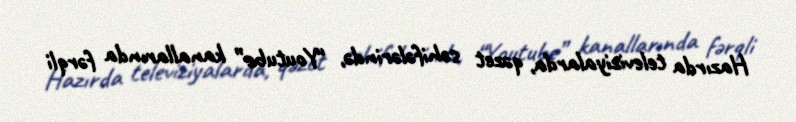
Hazırda televiziyalarda, qəzet səhifələrində, “Youtube” kanallarında fərqli